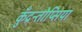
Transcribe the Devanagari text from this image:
कुँद्रन्तोप्सिया